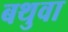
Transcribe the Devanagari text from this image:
बथुवा